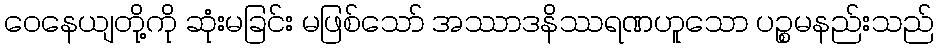
ဝေနေယျတို့ကို ဆုံးမခြင်း မဖြစ်သော် အဿာဒနိဿရဏဟူသော ပဉ္စမနည်းသည်